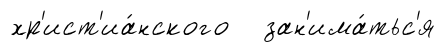
хр'ист'иа́нского зан'има́тьс'я